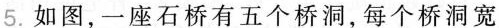
5. 如图，一座石桥有五个桥洞，每个桥洞宽